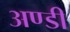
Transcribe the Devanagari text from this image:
अण्डी